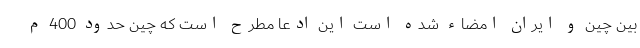
بین چین و ایران امضاء شده است این ادعا مطرح است که چین حدود 400 م